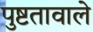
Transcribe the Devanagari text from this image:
पुष्टतावाले